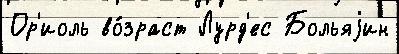
Ор'иоль во́зраст Лурд'ес Больяjин